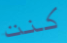
كنت